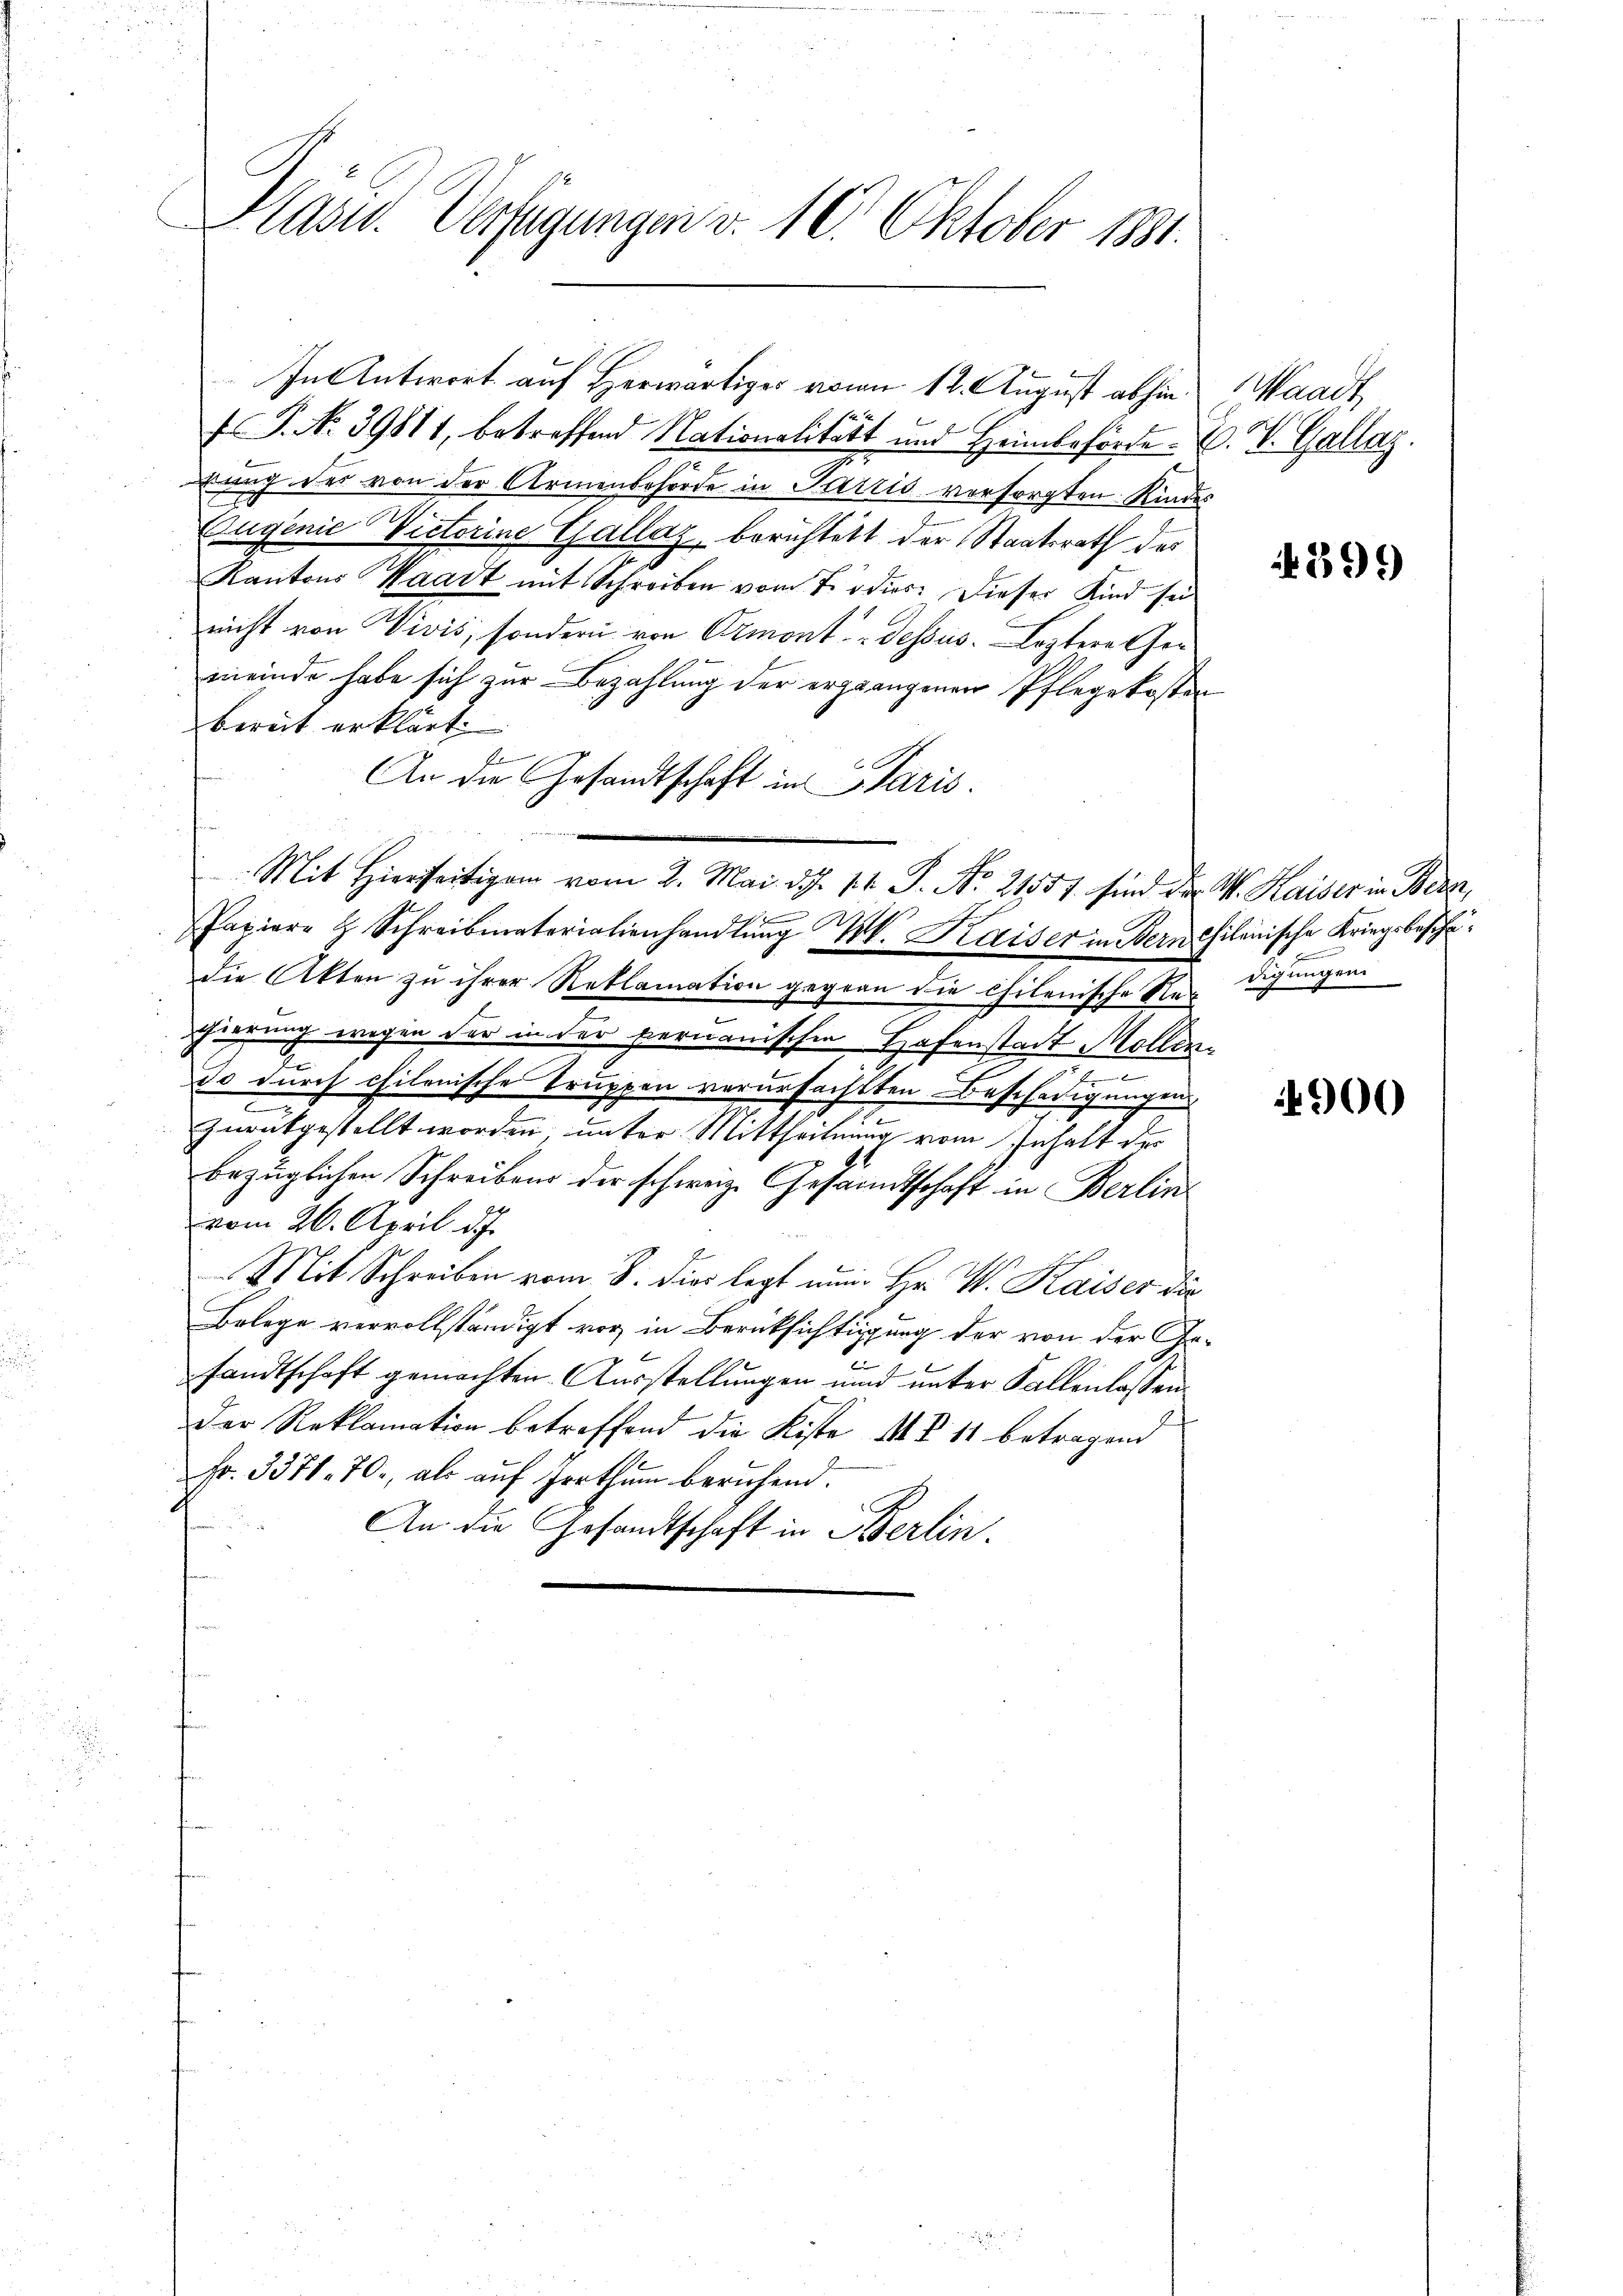
Päsis. Verfügungen v. 10. Oktober 1881.

In Antwort auf Herwärtiger von 12. August abhin

 P. No. 39811, betreffend Nationalitatt und Heimbehörde C. V. Gallag.
ung der von der Armenbehörde in Parzis versorgten Kindes
Eugenie Victorine Gallaz, berichtet der Staatsrath des
Kantons Waadt mit Schreiben vom 7. dies: Dieser Kind sei
nicht von Vivis, sondern von Ormont-dessus. Leztere Ger
meinde habe sich zur Bezahlung der ergangenen Pflegekosten
bereit erklärt.
f
An die Gesandtschaft in Paris.
Mit Hierseitigen vom 2. Mai d. 14. P. Nr. 21551. sind der W. Kaiser in Bern,
bach
Papiere H. Schreibmaterialienhandlung M. Kaiser in Bern chilenische Kriegsbeschädie Akten zu ihrer Reklamation gegen die chilenische Redigungen
schiegung wegen der in der peruanischen Hafenstadt Möllen
do durch chilenische Truppen verursachtten Beschädigungen
e
zurückgestellt worden, unter Mittheilung vom Inhalt der
bezüglichen Schreibens der schweiz. Gesandtschaft in Berlin
vom 26. April d.J.
Mit Schreiben vom 8. dies legt nun Hr. W. Kaiser die
Bolege vervollständigt vor in Berücksichtigung der von der Ge¬
22
sandtschaft gemachten Ausstellungen und unter Fallenlassen
Der Reklamation betreffend die Kiste M. Z. 11 betragen
Fr. 3371. 70., als auf Irrthum beruhend.
An die Gesandtschaft in Berlin.

aadt

399

F

4900